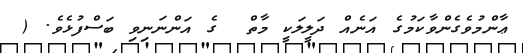
ޢާންމުވެގެންވާކަމުގެ އަނެއް ދަލީލަކީ މާތް  ގެ އަންނަނިވި ބަސްފުޅެވެ. (